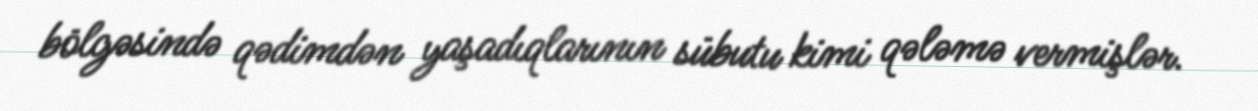
bölgəsində qədimdən yaşadıqlarının sübutu kimi qələmə vermişlər.